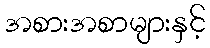
အစားအစာများနှင့်